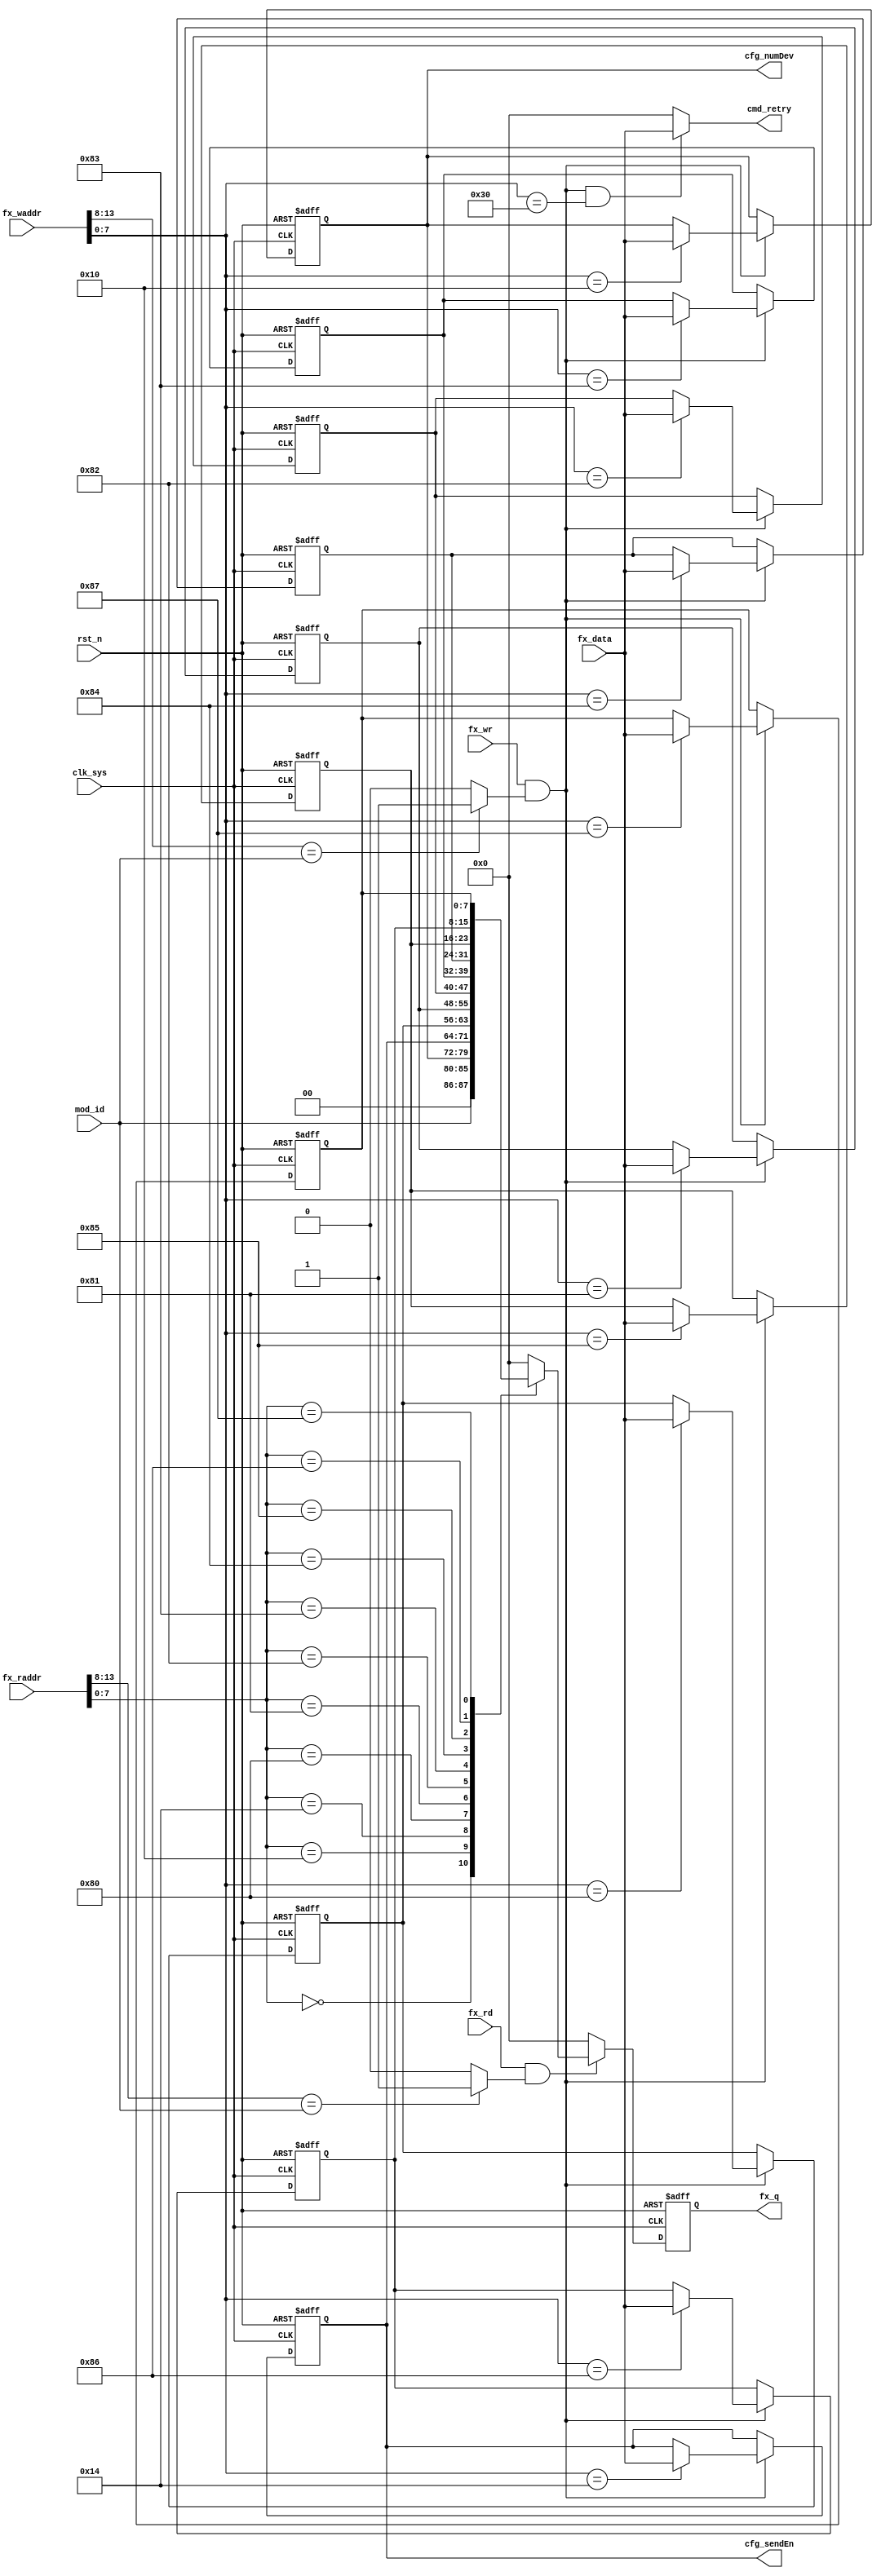
//commu_reg.v

module commu_reg(
//fx bus
fx_waddr,
fx_wr,
fx_data,
fx_rd,
fx_raddr,
fx_q,
mod_id,
//configuration
cfg_sendEn,
cfg_numDev,
cmd_retry,
//clk rst
clk_sys,
rst_n
);
//fx_bus
input 				fx_wr;
input [7:0]		fx_data;
input [15:0]	fx_waddr;
input [15:0]	fx_raddr;
input 				fx_rd;
output  [7:0]	fx_q;
input 	[5:0] mod_id;
//configuration
output [7:0]  cfg_sendEn;
output [7:0]	cfg_numDev;
output [7:0]	cmd_retry;
//clk rst
input clk_sys;
input rst_n;

//-----------------------------------------
//-----------------------------------------

wire dev_wsel = (fx_waddr[13:8]== mod_id) ? 1'b1 :1'b0;
wire dev_rsel = (fx_raddr[13:8]== mod_id) ? 1'b1 :1'b0;

wire now_wr = fx_wr & dev_wsel;
wire now_rd = fx_rd & dev_rsel;


//--------- register --------
reg [7:0]	cfg_numDev;
reg [7:0] cfg_sendEn;
wire[7:0] cmd_retry;
reg [7:0] cfg_dbg0;
reg [7:0] cfg_dbg1;
reg [7:0] cfg_dbg2;
reg [7:0] cfg_dbg3;
reg [7:0] cfg_dbg4;
reg [7:0] cfg_dbg5;
reg [7:0] cfg_dbg6;
reg [7:0] cfg_dbg7;



//--------- write register ----------
always @ (posedge clk_sys or negedge rst_n)	begin
	if(~rst_n)	begin
		cfg_numDev <= 8'd20;
		cfg_sendEn <= 8'd1;
		cfg_dbg0 <= 8'h80;
		cfg_dbg1 <= 8'h81;
		cfg_dbg2 <= 8'h82;
		cfg_dbg3 <= 8'h83;
		cfg_dbg4 <= 8'h84;
		cfg_dbg5 <= 8'h85;
		cfg_dbg6 <= 8'h86;
		cfg_dbg7 <= 8'h87;
	end
	else if(now_wr) begin
		case(fx_waddr[7:0])
			8'h10 : cfg_numDev <= fx_data;
			8'h14 : cfg_sendEn <= fx_data;
			8'h80 : cfg_dbg0 <= fx_data;
			8'h81 : cfg_dbg1 <= fx_data;
			8'h82 : cfg_dbg2 <= fx_data;
			8'h83 : cfg_dbg3 <= fx_data;
			8'h84 : cfg_dbg4 <= fx_data;
			8'h85 : cfg_dbg5 <= fx_data;
			8'h86 : cfg_dbg6 <= fx_data;
			8'h87 : cfg_dbg7 <= fx_data;
			default : ;
		endcase
	end
	else ;
end
			
			
assign cmd_retry = (now_wr & (fx_waddr[7:0] == 8'h30)) ? fx_data : 8'h0;

//---------- read register ---------
reg [7:0] q0;
always @(posedge clk_sys or negedge rst_n)	begin
	if(~rst_n) begin
		q0 <= 8'h0;
	end
	else if(now_rd) begin
		case(fx_raddr[7:0])
			8'h0  : q0 <= mod_id;
			8'h10 : q0 <= cfg_numDev;
			8'h14 : q0 <= cfg_sendEn;
			8'h80 : q0 <= cfg_dbg0;
			8'h81 : q0 <= cfg_dbg1;
			8'h82 : q0 <= cfg_dbg2;
			8'h83 : q0 <= cfg_dbg3;
			8'h84 : q0 <= cfg_dbg4;
			8'h85 : q0 <= cfg_dbg5;
			8'h86 : q0 <= cfg_dbg6;
			8'h87 : q0 <= cfg_dbg7;
			
			default : q0 <= 8'h0;
		endcase
	end
	else 
		q0 <= 8'h0;
end

wire [7:0] fx_q;
assign fx_q = q0;
	
	
endmodule